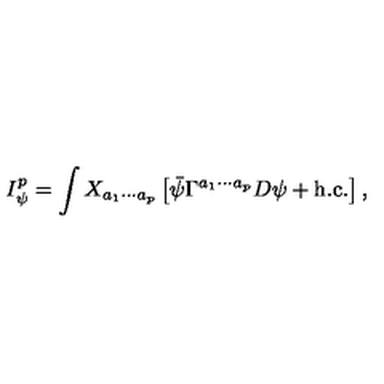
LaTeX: I _ { \psi } ^ { p } = \int X _ { a _ { 1 } \cdots a _ { p } } \left[ \bar { \psi } \Gamma ^ { a _ { 1 } \cdots a _ { p } } D \psi + \mathrm { h . c . } \right] ,